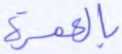
بالعمرة